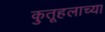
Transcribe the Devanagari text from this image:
कुतूहलाच्या